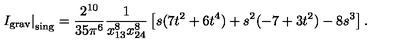
\left. I _ { \mathrm { \scriptsize g r a v } } \right| _ { \mathrm { \scriptsize s i n g } } = \frac { 2 ^ { 1 0 } } { 3 5 \pi ^ { 6 } } \frac { 1 } { x _ { 1 3 } ^ { 8 } x _ { 2 4 } ^ { 8 } } \left[ s ( 7 t ^ { 2 } + 6 t ^ { 4 } ) + s ^ { 2 } ( - 7 + 3 t ^ { 2 } ) - 8 s ^ { 3 } \right] .